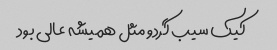
کیک سیب گردو مثل همیشه عالی بود